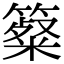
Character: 𥴷